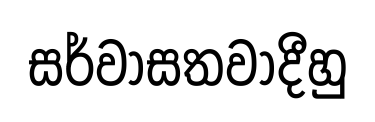
සර්වාසතවාදීහු